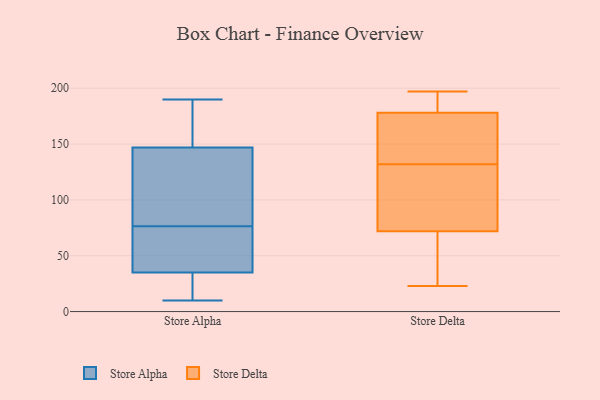
{"axis": {"x": "Revenue (USD Million)", "y": "Value"}, "legend": ["Store Alpha", "Store Delta"], "data": [{"x": "", "y": 32, "type": "Store Alpha"}, {"x": "", "y": 112, "type": "Store Alpha"}, {"x": "", "y": 180, "type": "Store Alpha"}, {"x": "", "y": 50, "type": "Store Alpha"}, {"x": "", "y": 110, "type": "Store Alpha"}, {"x": "", "y": 71, "type": "Store Alpha"}, {"x": "", "y": 27, "type": "Store Alpha"}, {"x": "", "y": 154, "type": "Store Alpha"}, {"x": "", "y": 83, "type": "Store Alpha"}, {"x": "", "y": 82, "type": "Store Alpha"}, {"x": "", "y": 41, "type": "Store Alpha"}, {"x": "", "y": 38, "type": "Store Alpha"}, {"x": "", "y": 10, "type": "Store Alpha"}, {"x": "", "y": 162, "type": "Store Alpha"}, {"x": "", "y": 190, "type": "Store Alpha"}, {"x": "", "y": 15, "type": "Store Alpha"}, {"x": "", "y": 15, "type": "Store Alpha"}, {"x": "", "y": 140, "type": "Store Alpha"}, {"x": "", "y": 54, "type": "Store Alpha"}, {"x": "", "y": 187, "type": "Store Alpha"}, {"x": "", "y": 81, "type": "Store Delta"}, {"x": "", "y": 23, "type": "Store Delta"}, {"x": "", "y": 51, "type": "Store Delta"}, {"x": "", "y": 131, "type": "Store Delta"}, {"x": "", "y": 129, "type": "Store Delta"}, {"x": "", "y": 196, "type": "Store Delta"}, {"x": "", "y": 185, "type": "Store Delta"}, {"x": "", "y": 133, "type": "Store Delta"}, {"x": "", "y": 149, "type": "Store Delta"}, {"x": "", "y": 197, "type": "Store Delta"}, {"x": "", "y": 171, "type": "Store Delta"}, {"x": "", "y": 64, "type": "Store Delta"}, {"x": "", "y": 178, "type": "Store Delta"}, {"x": "", "y": 72, "type": "Store Delta"}]}